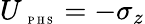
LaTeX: U_{\mathrm{~\tiny~P~H~S~}}=-\sigma_{z}